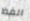
الفظ